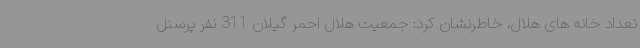
تعداد خانه های هلال، خاطرنشان کرد: جمعیت هلال احمر گیلان 311 نفر پرسنل